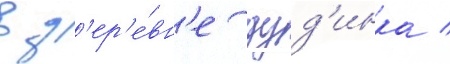
в д'ер'е́вн'е дуд'инка /